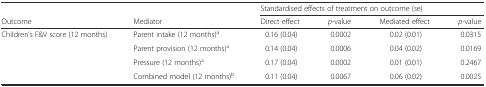
<table><thead><tr><td></td><td></td><td colspan="4"><b>Standardised effects of treatment on outcome (se)</b></td></tr><tr><td><b>Outcome</b></td><td><b>Mediator</b></td><td><b>Direct effect</b></td><td><b><i>p</i>-value</b></td><td><b>Mediated effect</b></td><td><b><i>p</i>-value</b></td></tr></thead><tbody><tr><td rowspan="4">Children’s F&amp;V score (12 months)</td><td>Parent intake (12 months)<sup>a</sup></td><td>0.16 (0.04)</td><td>0.0002</td><td>0.02 (0.01)</td><td>0.0315</td></tr><tr><td>Parent provision (12 months)<sup>a</sup></td><td>0.14 (0.04)</td><td>0.0006</td><td>0.04 (0.02)</td><td>0.0169</td></tr><tr><td>Pressure (12 months)<sup>a</sup></td><td>0.17 (0.04)</td><td>0.0002</td><td>0.01 (0.01)</td><td>0.2467</td></tr><tr><td>Combined model (12 months)<sup>b</sup></td><td>0.11 (0.04)</td><td>0.0067</td><td>0.06 (0.02)</td><td>0.0025</td></tr></tbody></table>